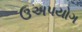
ઉઅપયોગ